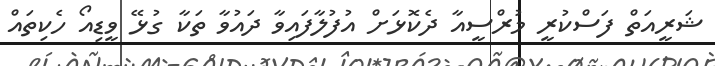
ޝަރީއަތް ފަސްކުރީ މުރްސީއާ ދެކޮޅަށް އުފުލާފައިވާ ދައުވާ ތަކާ ގުޅޭ ވީޑިއޯ ހެކިތައް